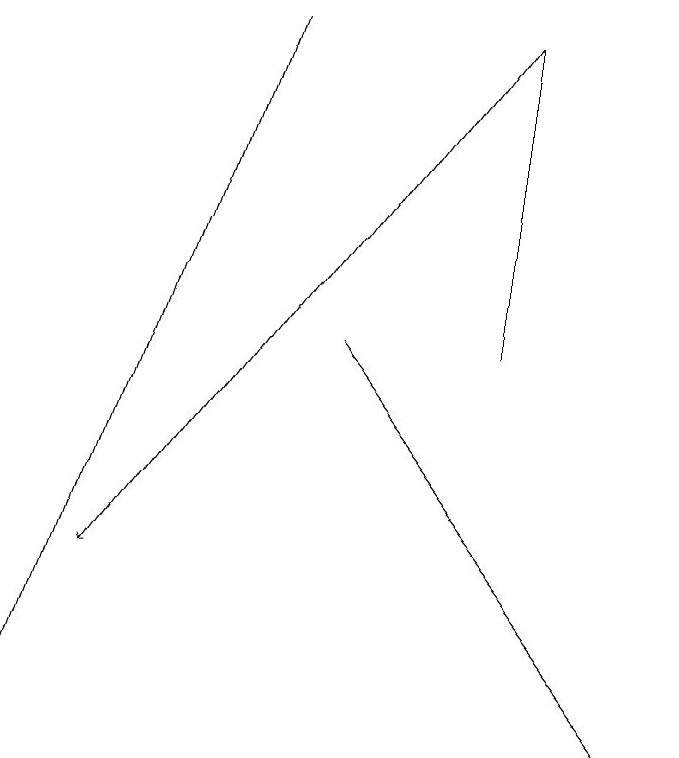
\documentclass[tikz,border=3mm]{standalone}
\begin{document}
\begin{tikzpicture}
\draw[->] (4,19) -- (1,10);
\draw (7,19) rectangle (7,15);
\draw[->] (5,15) -- (9,10);
\draw[->] (7,19) -- (2,12);
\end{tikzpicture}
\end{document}